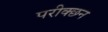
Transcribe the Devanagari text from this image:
परीक्छन